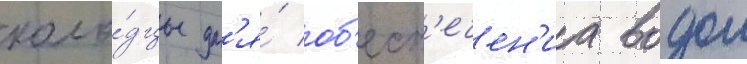
коло́дцы дл'я́ об'есп'ечен'иа водои